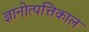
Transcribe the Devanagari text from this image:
ज्ञानोत्पत्तिकाल